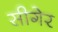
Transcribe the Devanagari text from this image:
सीगेर